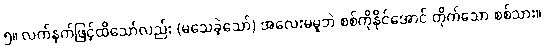
၅။ လက်နက်ဖြင့်ထိသော်လည်း (မသေခဲ့သော်) အလေးမမူဘဲ စစ်ကိုနိုင်အောင် တိုက်သော စစ်သား။